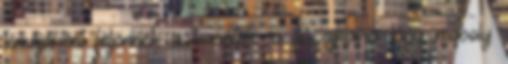
témájaként feljönnek a barátok, a fiú ajkaira lágy mosoly